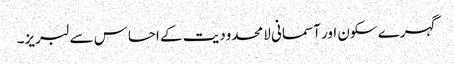
گہرے سکون اور آسمانی لامحدودیت کے احساس سے لبریز۔